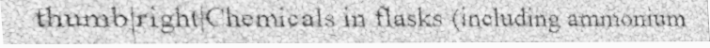
thumb|right|Chemicals in flasks (including ammonium